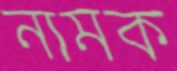
নামক